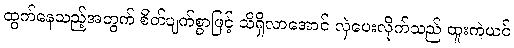
ထွက်နေသည့်အတွက် စိတ်ပျက်စွာဖြင့် သိရှိလာအောင် လှဲပေးလိုက်သည် ထူးကဲယင်